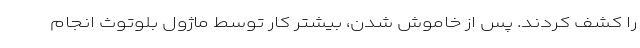
را کشف کردند. پس از خاموش شدن، بیشتر کار توسط ماژول بلوتوث انجام